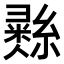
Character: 𢑲